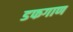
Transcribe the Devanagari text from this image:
डफगाण